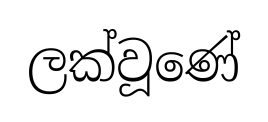
ලක්වූණේ